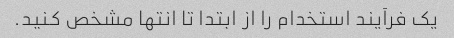
یک فرآیند استخدام را از ابتدا تا انتها مشخص کنید.